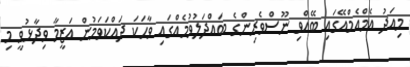
މިއަދު އެމްއެމްއޭގައި ބޭއްވި ނޫސްވެރިންގެ ބައްދަލުވުމެއްގައި ވާހަކަ ދައްކަވަމުން އަޒީމާ ވިދާޅުވީ މި